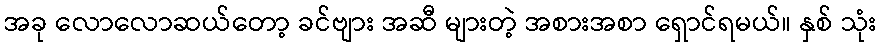
အခု လောလောဆယ်တော့ ခင်ဗျား အဆီ များတဲ့ အစားအစာ ရှောင်ရမယ်။ နှစ် သုံး